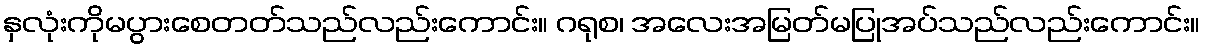
နှလုံးကိုမပွားစေတတ်သည်လည်းကောင်း။ ဂရုစ၊ အလေးအမြတ်မပြုအပ်သည်လည်းကောင်း။